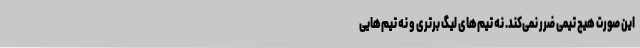
این صورت هیچ تیمی ضرر نمی‌کند. نه تیم‌های لیگ برتری و نه تیم‌هایی